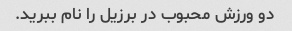
دو ورزش محبوب در برزیل را نام ببرید.